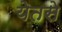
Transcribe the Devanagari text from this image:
येतसे